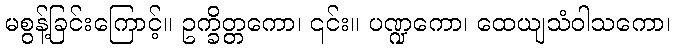
မစွန့်ခြင်းကြောင့်။ ဥက္ခိတ္တကော၊ ၎င်း။ ပဏ္ဍကော၊ ထေယျသံဝါသကော၊